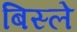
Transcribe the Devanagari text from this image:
बिस्ले